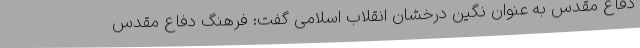
دفاع مقدس به عنوان نگین درخشان انقلاب اسلامی گفت: فرهنگ دفاع مقدس